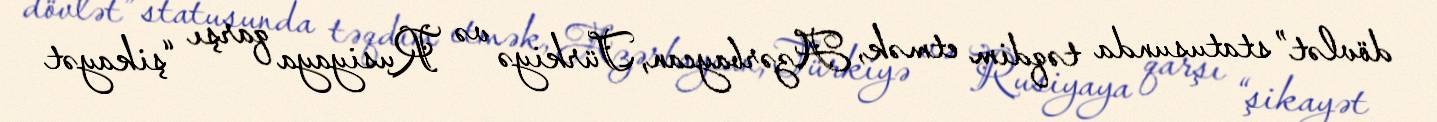
dövlət” statusunda təqdim etmək, Azərbaycan, Türkiyə və Rusiyaya qarşı “şikayət